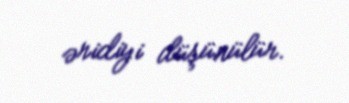
əridiyi düşünülür.